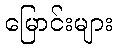
မြောင်းများ